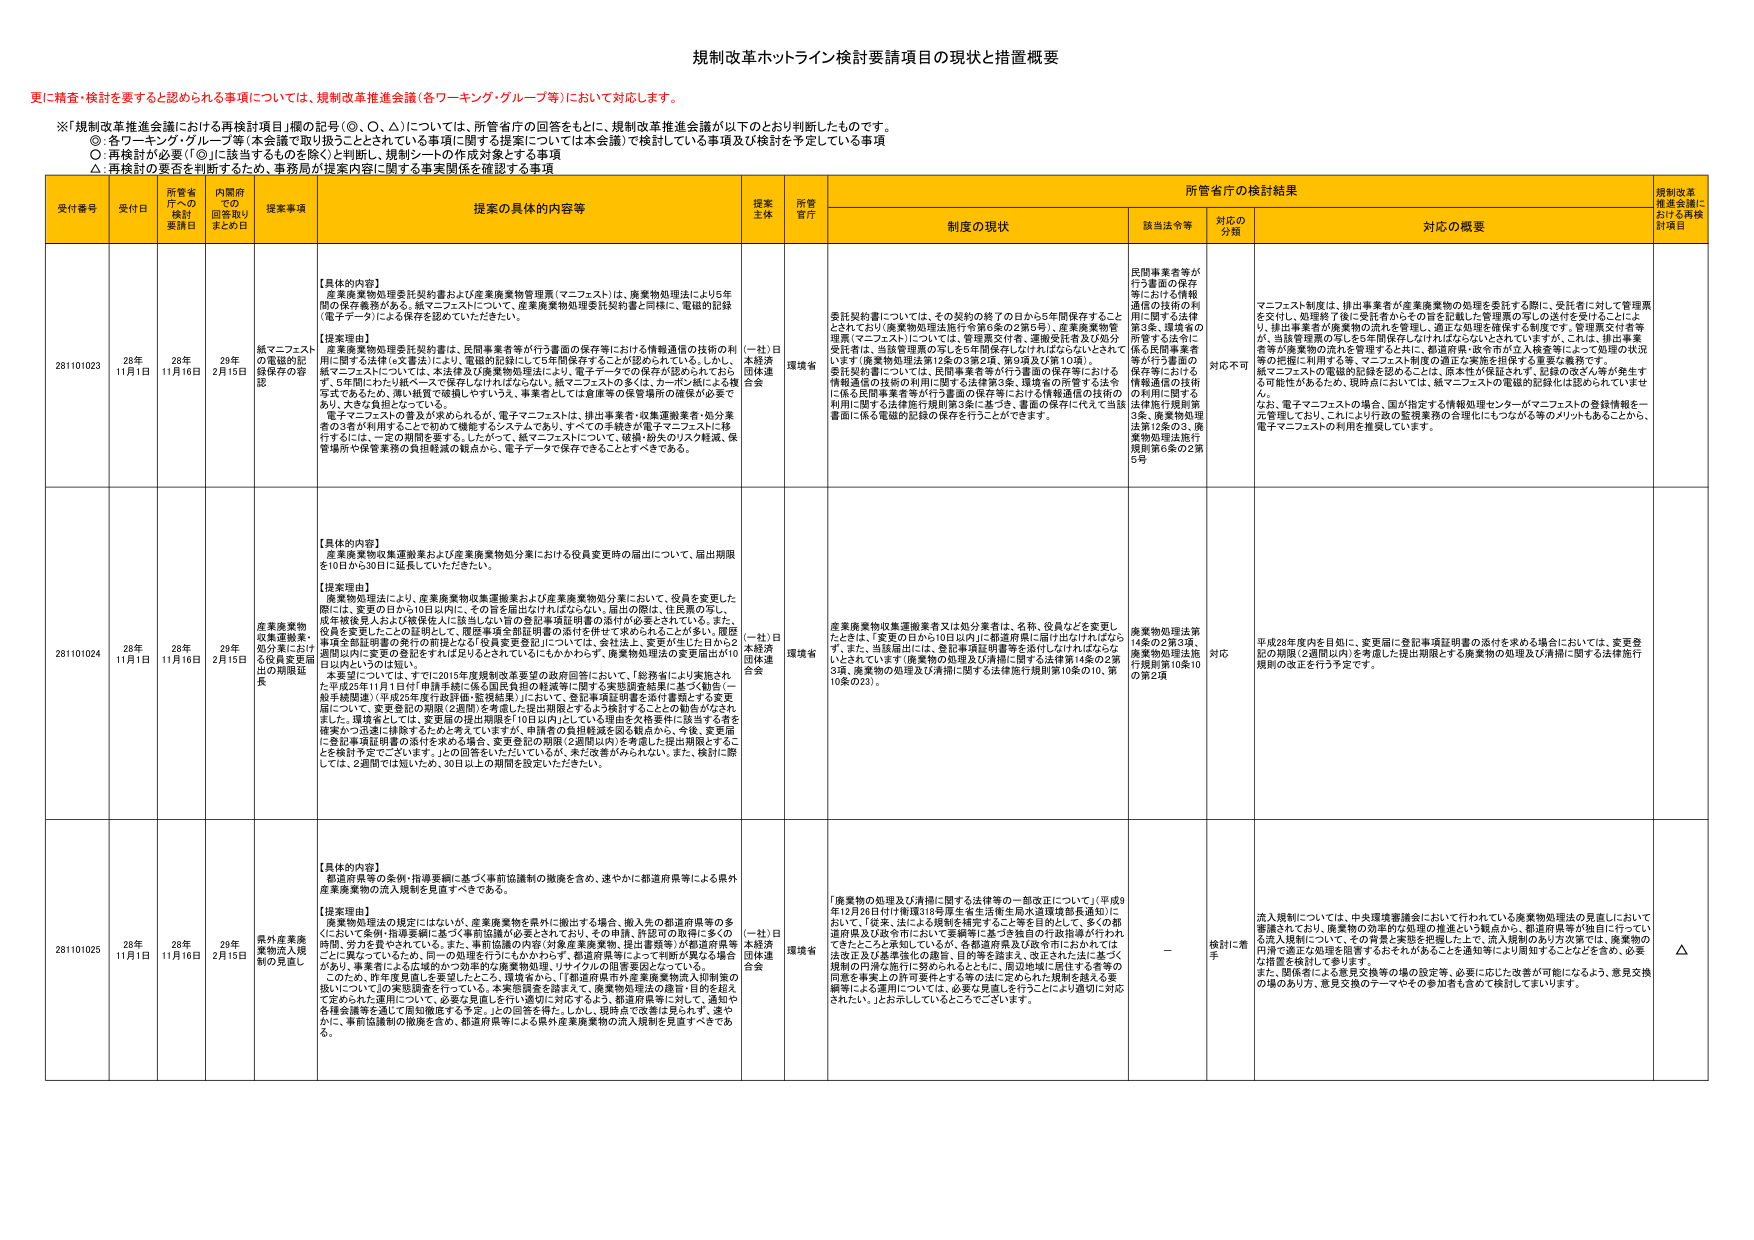
規制改革ホットライン検討要請項目の現状と措置概要

更に精査・検討を要すると認められる事項については、規制改革推進会議（各ワーキンググループ）において対応します。

※「規制改革推進会議における再検討項目」欄の記号（○、◎、△）については、所管省庁の回答をもとに、規制改革推進会議が以下のとおり判断したものです。
○：各ワーキング・グループ等（本会議で取り扱うこととされている事項に関する提案については本会議）で検討している事項及び検討を予定している事項
◎：再検討が必要（「◎」に該当するものと除く）と判断し、規制シートの作成対象とする事項
△：再検討の要否を判断するため、事務局が提案内容に関する事実関係を確認する事項

受付番号 受付日 所管省庁への検討要請日 内閣府での回答取りまとめ日 提案事項 提案の具体的内容等 提案主体 所管省庁 所管省庁の検討結果 規制改革推進会議における再検討項目
制度の現状 該当法令等 対応の分類 対応の概要

281101023 28年11月1日 28年11月16日 29年2月15日 紙マニフェストの電磁的記録保存の容認 【具体的な内容】
産業廃棄物処理委託契約書および産業廃棄物管理票（マニフェスト）は、廃棄物処理法により5年間の保存義務がある。紙マニフェストについて、産業廃棄物処理委託契約書と同様に、電磁的記録（電子データ）による保存を認めていたい。

【提案理由】
産業廃棄物収集運搬業は、民間事業者等が行う書面の保存等における情報通信の技術の利用に関する法律（e文書法）により、電磁的記録にして5年間保存することが認められている。しかし、紙マニフェストについては、本法律及び廃棄物処理法により、電子データでの保存が認められておらず、5年間しか記録データを保存しきれなくなる。紙マニフェストの多くは、カーボン紙による複写文書であり、破損、黒質変質等により、事業者としては保管等の保管面の確保が必要であり、大きな負担となっている。
電子マニフェストの普及が求められるが、電子マニフェストは、排出事業者・収集運搬業者・処分業者の3者が利用することができて機能するシステムであり、すべての主体が電子マニフェストに移行するには、一定の期間を要する。したがって、紙マニフェストについて、破損・紛失のリスク軽減、保管場所や保管業務の負担軽減の観点から、電子データで保存できることがすべきである。 （一社）日本経済団体連合会 環境省 委託契約書については、その契約の終了の日から5年間保存することとされており（廃棄物処理法施行令第6条の2第5号）、産業廃棄物管理票（マニフェスト）についても、管理票交付者、運搬受託者及び処分受託者は、当該管理票の写しを5年間保存しなければならないとされて います（廃棄物処理法第12条の3第2項、第9項及び第10項）。
委託契約書については、民間事業者等が行う書面の保存等における情報通信の技術の利用に関する法律第3条、環境省の保存する法令に係る民間事業者等が行う書面の保存等における情報通信の技術の利用に関する法律施行規則第3条に基づき、書面の保存に代えて当該書面に係る電磁的記録の保存を行うことができます。 民間事業者等が行う書面の保存等における情報通信の技術の利用に関する法律第3条、環境省の保存する法令に係る民間事業者等が行う書面の保存等における情報通信の技術の利用に関する法律施行規則第3条、廃棄物処理法第12条の3、廃棄物処理法施行規則第6条の2第5号 対応不可 マニフェスト制度は、排出事業者が産業廃棄物の処理を委託する際に、受託者に対して管理票を交付し、処理終了後に受託者からその旨を記載した管理票の写しの送付を受けることによ り、排出事業者が廃棄物の流れを管理し、適正な処理を確保する制度です。管理票交付者等 が、当該管理票の写しを5年間保存しなければならないとされていますが、これは、排出事業者等が廃棄物の流れを管理すると共に、都道府県・政令市が立入検査等によって処理の状況等の把握に利用する等、マニフェスト制度の適正な実施を担保する重要な義務です。
紙マニフェストの電磁的記録を認めることは、原生性が保証されず、記録の改ざん等が発生す る可能性があるため、現時点においては、紙マニフェストの電磁的記録化は認められていま せん。
なお、電子マニフェストの場合、国が指定する情報処理センターがマニフェストの登録情報を一元管理しており、これにより行政の監視業務の合理化にもつながる等のメリットもあることから、 電子マニフェストの利用を推奨しています。

281101024 28年11月1日 28年11月16日 29年2月15日 産業廃棄物収集運搬業・処分業における役員変更届出の期限延長 【具体的な内容】
産業廃棄物収集運搬業および産業廃棄物処分業における役員変更時の届出について、届出期限を10日から30日に延長していただきたい。

【提案理由】
廃棄物処理法により、産業廃棄物収集運搬業および産業廃棄物処分業において、役員を変更した際には、変更の日から10日以内に、その旨を届出なければならない。届出の際は、住民票の写し、成年被後見人および被保佐人は担当しない旨の登記事項証明書の添付が必要とされている。また、役員を変更したことの証明として、履歴事項全部証明書の添付を併せて求められることが多い。履歴事項全部証明書の発行の前提となる「役員変更登記」については、会社法上、変更が生じた日から2週間以内に変更の登記をすれば足りるとしても、しかしながら、廃棄物処理法の変更届出が10日以内というのは短い。
本要請については、すでに2015年度規制改革要望の政府回答において、「総務省により実施され た平成23年11月1日付「申請手続に係る国民負担の軽減等に関する実態調査結果に基づく勧告（一 般手続関連）（平成25年度行政評価・監視結果）」において、登記事項証明書を添付する必要 届について、変更登記の期限（2週間）を考慮した提出期限とするよう検討することの勧告がなされ ました。環境省としては、変更届の提出期限を「10日以内」としている理由を欠格要件に該当する者を確実かつ迅速に排除するためと考えていますが、申請者の負担軽減と図る観点から、今後、変更届 に登記事項証明書の添付を求める場合、変更登記の期限（2週間以内）を考慮した提出期限とするこ とを検討予定でございます。」との回答をいただいているが、未だ改善がみられない。また、検討に際 しては、2週間では短いため、30日以上の期間を設定いただきたい。 （一社）日本経済団体連合会 環境省 産業廃棄物収集運搬業者又は処分業者は、名称、役員などを変更したときは、「変更の日から10日以内に都道府県に届け出なければならない。また、当該届出には、登記事項証明書等を添付しなければなら ない」とされています（廃棄物の処理及び清掃に関する法律第14条の2第3項、廃棄物の処理及び清掃に関する法律施行規則第10条の10、第 10条の23）。 廃棄物処理法第 14条の2第3項、 廃棄物処理法施 行規則第10条10 の第2項 対応 平成28年度内を目処に、変更届に登記事項証明書の添付を求める場合においては、変更登 記の期限（2週間以内）を考慮した提出期限とする廃棄物の処理及び清掃に関する法律施行 規則の改正を行う予定です。

281101025 28年11月1日 28年11月16日 29年2月15日 県外産業廃棄物流入規制の見直し 【具体的な内容】
都道府県等の条例・指導要綱に基づく事前協議制の撤廃を含め、速やかに都道府県等による県外産業廃棄物の流入規制を見直すべきである。

【提案理由】
「廃棄物処理法」の規定には「はがい、産業廃棄物を県外に搬出する場合、搬入先の都道府県等の多 くにおいて条例・指導要綱に基づく事前協議の必要とされており、その申請、許認可の取得に多くの 時間、労力と費やされている。また、事前協議の内容（対象産業廃棄物、提出書類等）が都道府県等 ごとに異なっているため、同一の処理を行うにもかかわらず、都道府県等によって判断が異なる場合 があり、事業者による不確かな20事前の廃棄物処理・リサイクルの阻害要因となっている。
このため、昨年度見直しを要望したところ、環境省から、「『都道府県市外産業廃棄物流入抑制策の 扱いについて』の実態調査を行っている。本実態調査を踏まえて、廃棄物処理法の趣旨・目的を超え て定められた運用について、必要な見直しを行い適切に対応するよう、都道府県等に対して、通知や 各種会議等を通じて周知徹底する予定。」との回答を得た。しかし、現時点では改善は見られず、速や かに、事前協議制の撤廃を含め、都道府県等による県外産業廃棄物の流入規制を見直すべきであ る。 （一社）日本経済団体連合会 環境省 「廃棄物の処理及び清掃に関する法律等の一部改正について」（平成3 年12月26日付け衆議318号厚生省生活衛生局水道環境部長通知）に おいて、「従来、法による規制を特定することを目的として、多くの都 道府県及び政令市において要綱等に基づき独自の行政指導が行われ てきたことと承知しているが、各都道府県及び政令市におかれては 法改正及び基本法化の趣旨、目的等を踏まえ、改正された法に基づく 規制の円滑な施行に努められるとともに、周知地域に居住する者等の 同意を事業上の許可要件とする等の法に定められた規制を超える要 綱等による運用については、必要な見直しを行うことにより適切に対応 されたい。」とお示ししているところです。 — 検討に要 す 流入規制については、中央環境審議会において行われている廃棄物処理法の見直しにおいて審議されており、廃棄物の効率的な処理の推進という観点から、都道府県等が独自に行ってい る流入規制について、その背景と実態を把握した上で、流入規制のあり方を含む、廃棄物の 処理や適正な処理を阻害するおそれがあることを懸念等により周知することなどを含め、必要 な措置を検討して参ります。
また、関係者による意見交換等の場の設定等、必要に応じ改善が可能になるよう、意見交換 の場のあり方、意見交換のテーマ等を参加者も含めて検討してまいります。 △